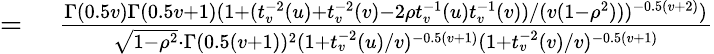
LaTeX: \begin{array}{rl}{={}}&{{}{\frac{\Gamma(0.5v)\Gamma(0.5v+1)(1+(t_{v}^{-2}(u)+t_{v}^{-2}(v)-2\rho t_{v}^{-1}(u)t_{v}^{-1}(v))/(v(1-\rho^{2})))^{-0.5(v+2)})}{{\sqrt{1-\rho^{2}}}\cdot\Gamma(0.5(v+1))^{2}(1+t_{v}^{-2}(u)/v)^{-0.5(v+1)}(1+t_{v}^{-2}(v)/v)^{-0.5(v+1)}}}}\end{array}